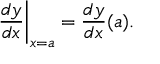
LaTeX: \left. { \frac { d y } { d x } } \right| _ { x = a } = { \frac { d y } { d x } } ( a ) .